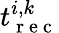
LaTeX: t_{\mathrm{~r~e~c~}}^{i,k}